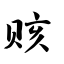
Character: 赅